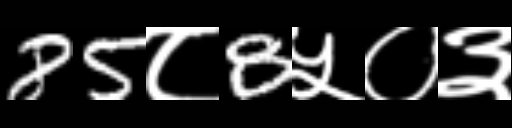
Text: 85८8५०३